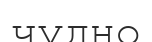
чудно